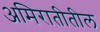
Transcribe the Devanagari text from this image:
अमिरातीतील